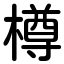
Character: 樽